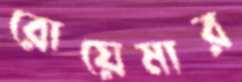
রোয়েমার